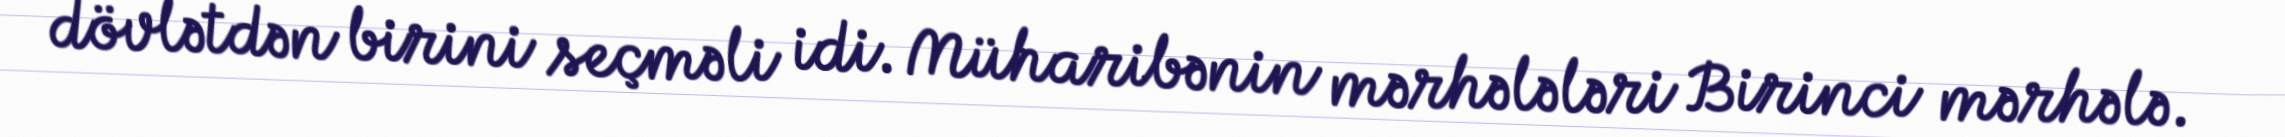
dövlətdən birini seçməli idi. Müharibənin mərhələləri Birinci mərhələ.